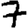
Digit: 7